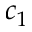
c _ { 1 }